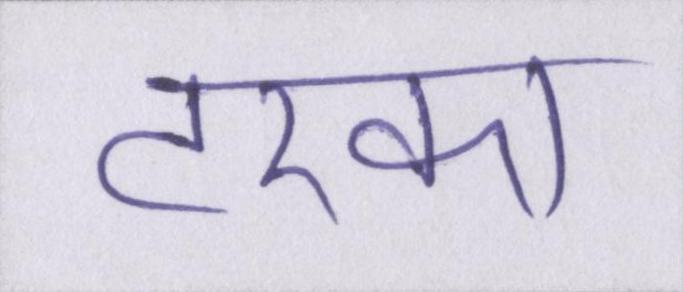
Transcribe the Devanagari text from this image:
टरका